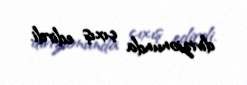
divizionunda çıxış edirdi.